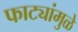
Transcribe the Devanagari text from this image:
फाट्यांमुळे